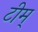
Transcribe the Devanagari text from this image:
टीम्